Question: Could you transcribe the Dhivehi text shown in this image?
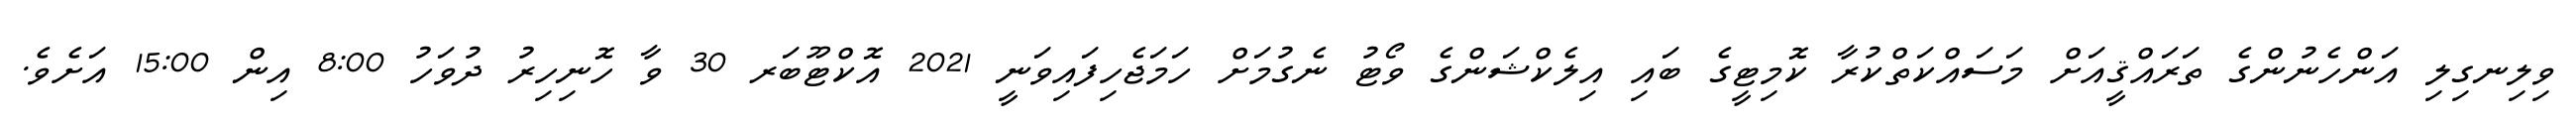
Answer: ވިލިނގިލި އަންހެނުންގެ ތަރައްޤީއަށް މަސައްކަތްކުރާ ކޮމިޓީގެ ބައި އިލެކްޝަންގެ ވޯޓު ނެގުމަށް ހަމަޖެހިފައިވަނީ 2021 އޮކްޓޫބަރ 30 ވާ ހޮނިހިރު ދުވަހު 8:00 އިން 15:00 އަށެވެ.